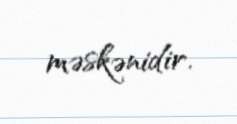
məskənidir.